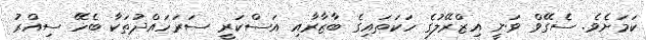
ކަމަށެވެ. ސެގޭވް ވަނީ އިޒްރޭލުގެ ހަކަތައިގެ ބާޒާރާއި އަސްކަރީ ސަރަހައްދުތަކާ ބެހޭ ސިއްރު